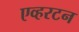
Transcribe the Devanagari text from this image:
एव्हरटन